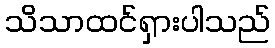
သိသာထင်ရှားပါသည်